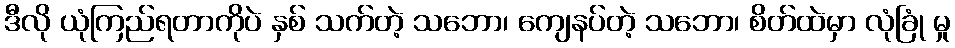
ဒီလို ယုံကြည်ရတာကိုပဲ နှစ် သက်တဲ့ သဘော၊ ကျေနပ်တဲ့ သဘော၊ စိတ်ထဲမှာ လုံခြုံ မှု